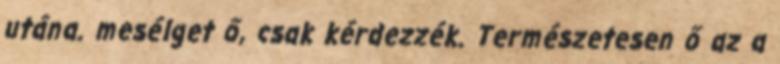
utána. mesélget ő, csak kérdezzék. Természetesen ő az a